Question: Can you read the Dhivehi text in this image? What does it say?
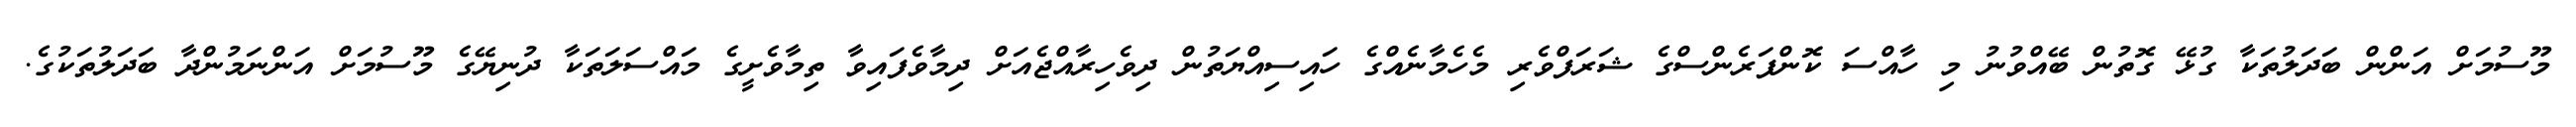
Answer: މޫސުމަށް އަންން ބަދަލުތަކާ ގުޅޭ ގޮތުން ބޭއްވުނު މި ހާއްސަ ކޮންފަރެންސްގެ ޝަރަފްވެރި މެހެމާނެއްގެ ހައިސިއްޔަތުން ދިވެހިރާއްޖެއަށް ދިމާވެފައިވާ ތިމާވެށީގެ މައްސަލަތަކާ ދުނިޔޭގެ މޫސުމަށް އަންނަމުންދާ ބަދަލުތަކުގެ.